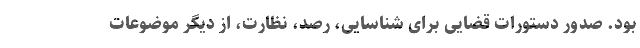
بود. صدور دستورات قضایی برای شناسایی، رصد، نظارت، از دیگر موضوعات